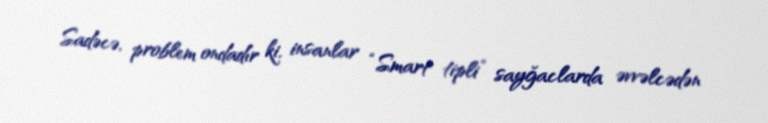
Sadəcə, problem ondadır ki, insanlar “Smart tipli” sayğaclarda əvvəlcədən